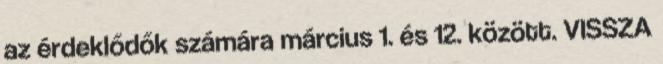
az érdeklődők számára március 1. és 12. között. VISSZA